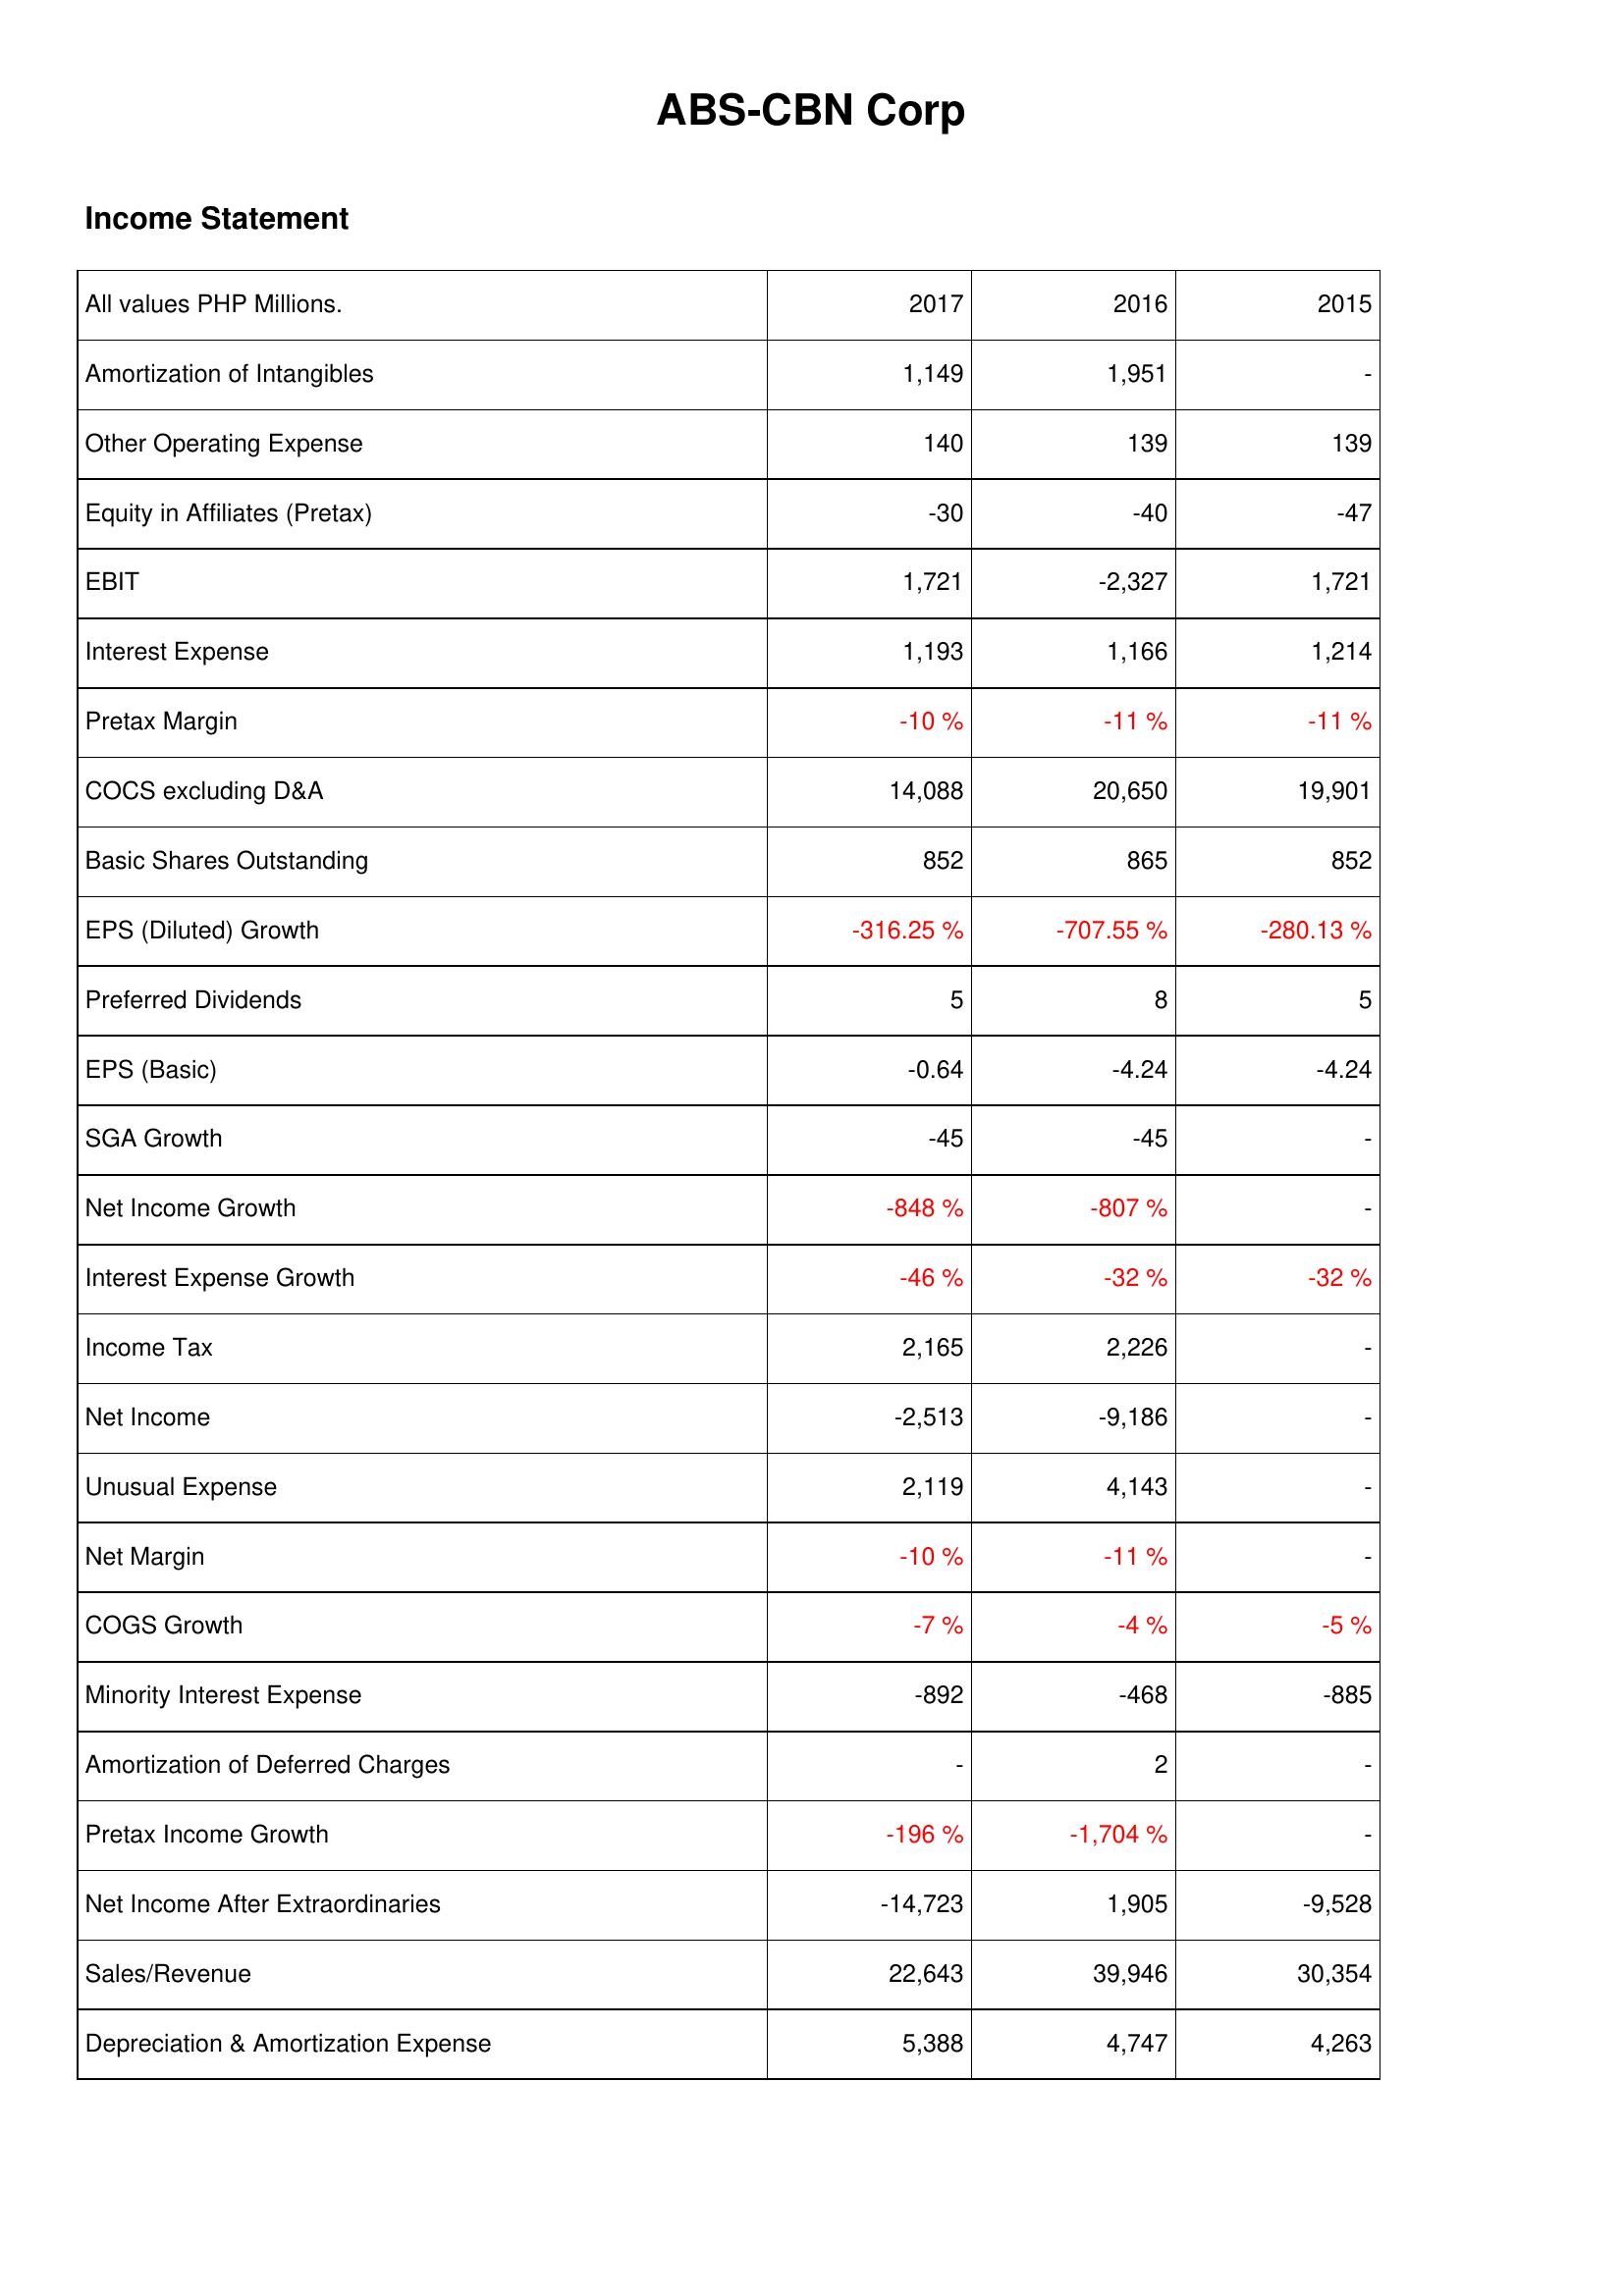
2017: Income Statement: Amortization of Intangibles: 1,149
Other Operating Expense: 140
Equity in Affiliates (Pretax): -30
EBIT: 1,721
Interest Expense: 1,193
Pretax Margin: -10 %
COCS excluding D&A: 14,088
Basic Shares Outstanding: 852
EPS (Diluted) Growth: -316.25 %
Preferred Dividends: 5
EPS (Basic): -0.64
SGA Growth: -45
Net Income Growth: -848 %
Interest Expense Growth: -46 %
Income Tax: 2,165
Net Income: -2,513
Unusual Expense: 2,119
Net Margin: -10 %
COGS Growth: -7 %
Minority Interest Expense: -892
Amortization of Deferred Charges: -
Pretax Income Growth: -196 %
Net Income After Extraordinaries: -14,723
Sales/Revenue: 22,643
Depreciation & Amortization Expense: 5,388
2016: Income Statement: Amortization of Intangibles: 1,951
Other Operating Expense: 139
Equity in Affiliates (Pretax): -40
EBIT: -2,327
Interest Expense: 1,166
Pretax Margin: -11 %
COCS excluding D&A: 20,650
Basic Shares Outstanding: 865
EPS (Diluted) Growth: -707.55 %
Preferred Dividends: 8
EPS (Basic): -4.24
SGA Growth: -45
Net Income Growth: -807 %
Interest Expense Growth: -32 %
Income Tax: 2,226
Net Income: -9,186
Unusual Expense: 4,143
Net Margin: -11 %
COGS Growth: -4 %
Minority Interest Expense: -468
Amortization of Deferred Charges: 2
Pretax Income Growth: -1,704 %
Net Income After Extraordinaries: 1,905
Sales/Revenue: 39,946
Depreciation & Amortization Expense: 4,747
2015: Income Statement: Amortization of Intangibles: -
Other Operating Expense: 139
Equity in Affiliates (Pretax): -47
EBIT: 1,721
Interest Expense: 1,214
Pretax Margin: -11 %
COCS excluding D&A: 19,901
Basic Shares Outstanding: 852
EPS (Diluted) Growth: -280.13 %
Preferred Dividends: 5
EPS (Basic): -4.24
SGA Growth: -
Net Income Growth: -
Interest Expense Growth: -32 %
Income Tax: -
Net Income: -
Unusual Expense: -
Net Margin: -
COGS Growth: -5 %
Minority Interest Expense: -885
Amortization of Deferred Charges: -
Pretax Income Growth: -
Net Income After Extraordinaries: -9,528
Sales/Revenue: 30,354
Depreciation & Amortization Expense: 4,263